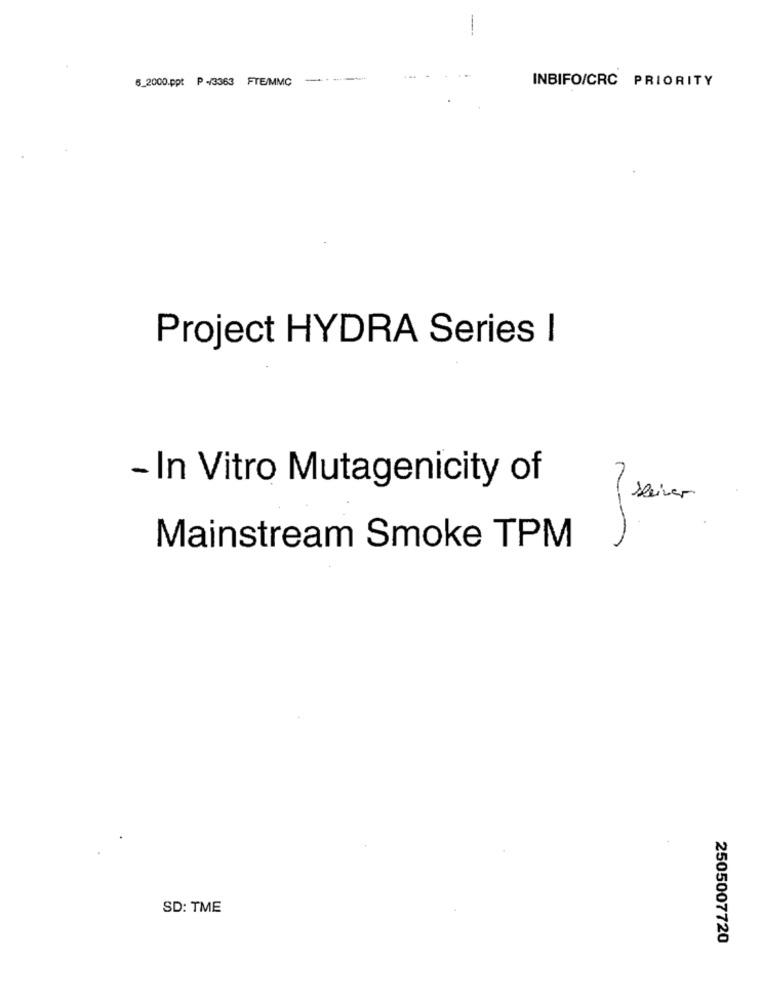
--
5_2000.ppt P -/3363 FTE/MMC
INBIFO/CRC PRIORITY
Project HYDRA Series I
- In Vitro Mutagenicity of
sliver
Mainstream Smoke TPM
SD: TME
2505007720